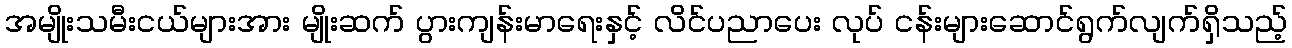
အမျိုးသမီးငယ်များအား မျိုးဆက် ပွားကျန်းမာရေးနှင့် လိင်ပညာပေး လုပ် ငန်းများဆောင်ရွက်လျက်ရှိသည့်